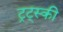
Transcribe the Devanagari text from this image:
ट्रट्स्की